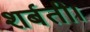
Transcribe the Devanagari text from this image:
शर्बती।